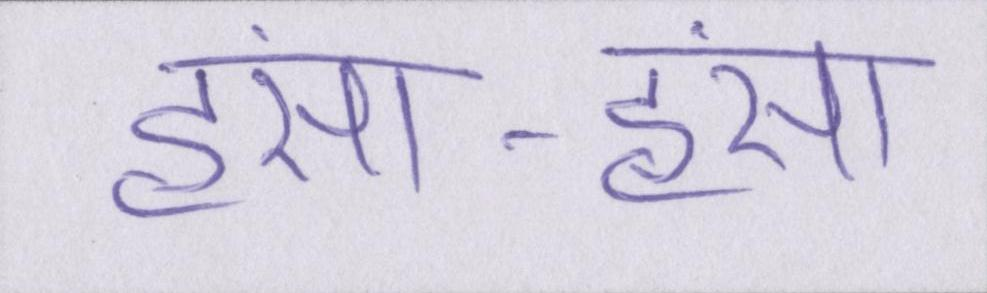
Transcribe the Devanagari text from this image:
हंसा-हंसा